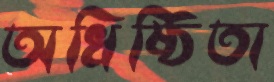
অধিষ্ঠিতা